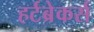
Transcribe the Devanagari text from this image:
हर्टब्रेकर्स